Civil Veterinary Dept. North-West Frontier Province 1901-22 - 1901-1922
Year: 1901
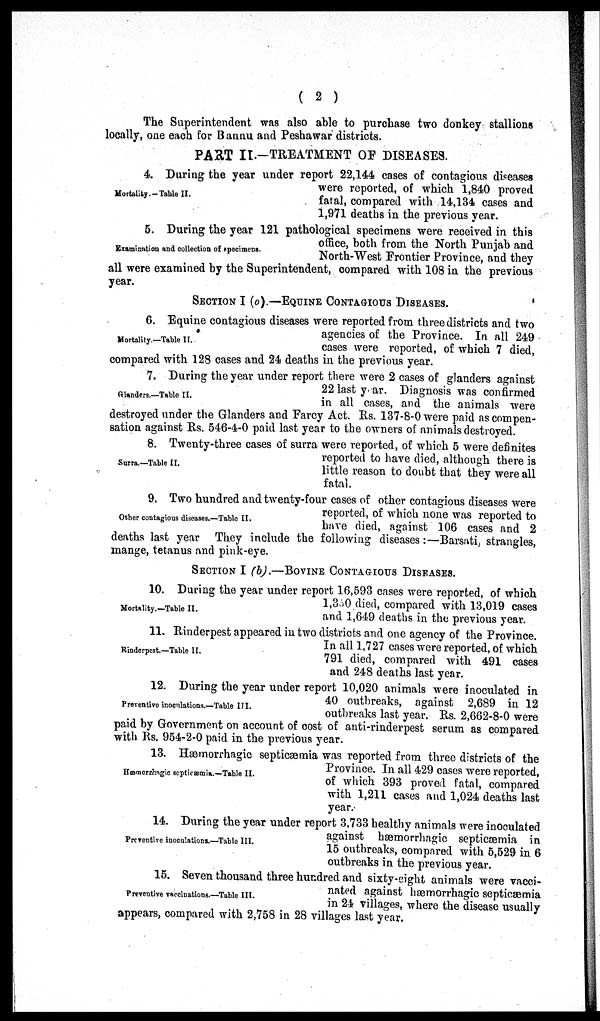
(2)
The Superintendent was also able to purchase two donkey stallions
locally, one each for Bannu and Peshawar districts.
PART II.—TREATMENT OF DISEASES.
Mortality.-Table II.
4. During the year under report 22,144 cases of contagious diseases
were reported, of which 1,840 proved
fatal, compared with 14,134 cases and
1,971 deaths in the previous year.
Examination and collection of specimens.
5. During the year 121 pathological specimens were received in this
office, both from the North Punjab and
North-West Frontier Province, and they
all were examined by the Superintendent, compared with 108 in the previous
year.
SECTION I (a) —EQUINE CONTAGIOUS DISEASES.
Mortality.—Table II.
6. Equine contagious diseases were reported from three districts and two
agencies of the Province. In all 249
cases were reported, of which 7 died,
compared with 128 cases and 24 deaths in the previous year.
Glanders.—Table II.
7. During the year under report there were 2 cases of glanders against
22 last year. Diagnosis was confirmed
in all cases, and the animals were
destroyed under the Glanders and Farcy Act. Rs. 137-8-0 were paid as compen-
sation against Rs. 546-4-0 paid last year to the owners of animals destroyed.
Surra.—Table II.
8. Twenty-three cases of surra were reported, of which 5 were definites
reported to have died, although there is
little reason to doubt that they were all
fatal.
Other contagious diseases.—Table II.
9. Two hundred and twenty-four cases of other contagious diseases were
reported, of which none was reported to
have died, against 106 cases and 2
deaths last year They include the following diseases:—Barsati, strangles,
mange, tetanus and pink-eye.
SECTION I (b).—BOVINE CONTAGIOUS DISEASES.
Mortality.— Table II.
10. During the year under report 16,593 cases were reported, of which
1,350 died, compared with 13,019 cases
and 1,649 deaths in the previous year.
Rinderpest.—Table II.
11. Rinderpest appeared in two districts and one agency of the Province.
In all 1,727 cases were reported, of which
791 died, compared with 491 cases
and 248 deaths last year.
Preventive inoculations.—Table III.
12. During the year under report 10,020 animals were inoculated in
40 outbreaks, against 2,689 in 12
outbreaks last year. Rs. 2,662-8-0 were
paid by Government on account of cost of anti-rinderpest serum as compared
with Rs. 954-2-0 paid in the previous year.
Hæmorrhagic septicæmia.—Table II.
13. Hæmorrhagic septicæmia was reported from three districts of the
Province. In all 429 cases were reported,
of which 393 proved fatal, compared
with 1,211 cases and 1,024 deaths last
year.
Preventive inoculations.—Table III.
14. During the year under report 3,733 healthy animals were inoculated
against hæmorrhagic septicæmia in
15 outbreaks, compared with 5,529 in 6
outbreaks in the previous year.
Preventive vaccinations—Table III.
15. Seven thousand three hundred and sixty-eight animals were vacci-
nated against hæmorrhagic septicæmia
in 24 villages, where the disease usually
appears, compared with 2,758 in 28 villages last year.